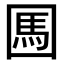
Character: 𡈊